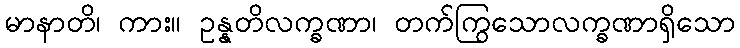
မာနာတိ၊ ကား။ ဥန္နတိလက္ခဏာ၊ တက်ကြွသောလက္ခဏာရှိသော